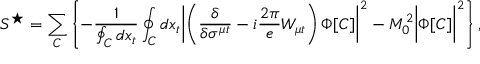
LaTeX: S ^ { \star } = \sum _ { C } \left\{ - \frac { 1 } { \oint _ { C } d x _ { t } } \oint _ { C } d x _ { t } \biggl | \left( \frac { \delta } { \delta \sigma ^ { \mu t } } - i \frac { 2 \pi } { e } W _ { \mu t } \right) \Phi [ C ] \biggr | ^ { 2 } - M _ { 0 } ^ { 2 } \biggl | \Phi [ C ] \biggr | ^ { 2 } \right\} ,